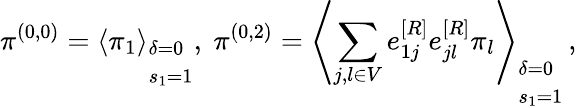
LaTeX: \pi^{(0,0)}=\left\langle\pi_{1}\right\rangle_{\begin{array}{l}{\delta=0}\\ {s_{1}=1}\end{array}},~\pi^{(0,2)}=\left\langle\sum_{j,l\in V}e_{1j}^{[R]}e_{jl}^{[R]}\pi_{l}\right\rangle_{\begin{array}{l}{\delta=0}\\ {s_{1}=1}\end{array}}\, ,